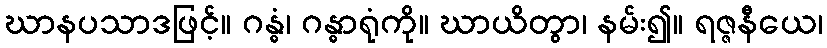
ဃာနပသာဒဖြင့်။ ဂန္ဓံ၊ ဂန္ဓာရုံကို။ ဃာယိတွာ၊ နမ်း၍။ ရဇ္ဇနီယေ၊